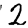
Digit: 2